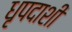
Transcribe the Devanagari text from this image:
धृपदाशी